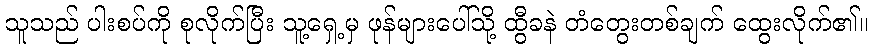
သူသည် ပါးစပ်ကို စုလိုက်ပြီး သူ့ရှေ့မှ ဖုန်များပေါ်သို့ ထွီခနဲ တံတွေးတစ်ချက် ထွေးလိုက်၏။